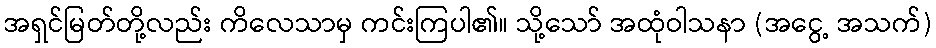
အရှင်မြတ်တို့လည်း ကိလေသာမှ ကင်းကြပါ၏။ သို့သော် အထုံဝါသနာ (အငွေ့ အသက်)